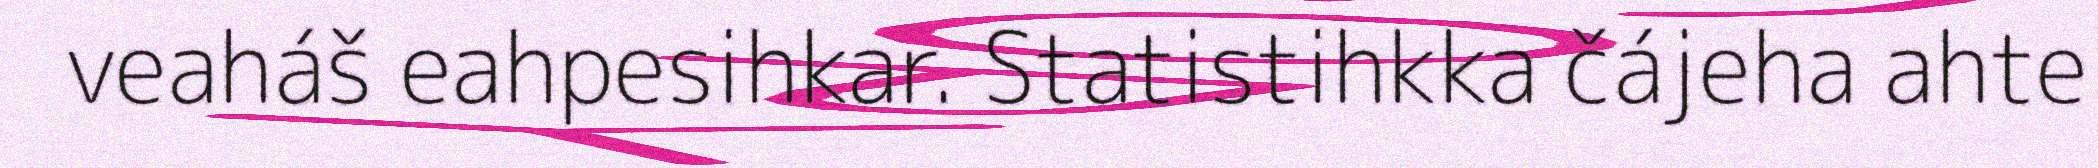
veaháš eahpesihkar. Statistihkka čájeha ahte